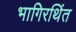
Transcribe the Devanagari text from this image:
भागिरथिंत